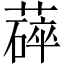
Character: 𬞚